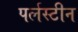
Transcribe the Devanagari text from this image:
पर्लस्टीन